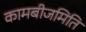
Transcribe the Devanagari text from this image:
कामबीजमिति